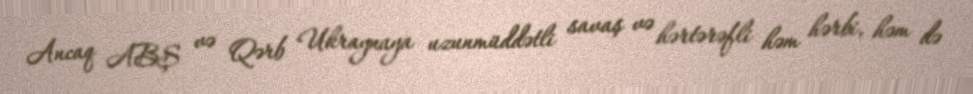
Ancaq ABŞ və Qərb Ukraynaya uzunmüddətli savaş və hərtərəfli həm hərbi, həm də